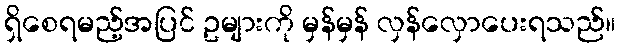
ရှိစေရမည့်အပြင် ဥများကို မှန်မှန် လှန်လှောပေးရသည်။